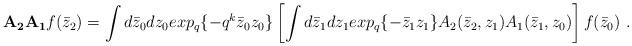
LaTeX: \begin{align*}{\bf A_2A_1}f(\bar z_2)=\int d\bar z_0dz_0 exp_q\{-q^k\bar z_0z_0\}\left[ \int d\bar z_1dz_1 exp_q\{-\bar z_1z_1\}A_2(\bar z_2,z_1)A_1(\bar z_1,z_0)\right]f(\bar z_0)\ . \end{align*}